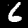
Digit: 6